Annual report on the health of the army in India
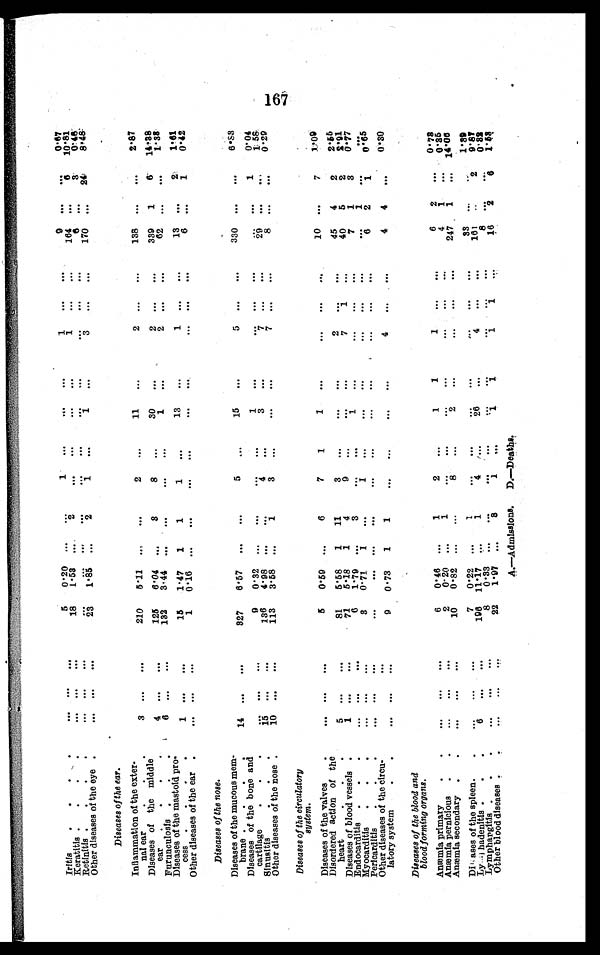
I r i t i s
. . .
...
...
5
0.20
. . .
...
1
. . .
. . .
. . .
1
. . .
. . .
9
. . .
. . .
0.67
Keratitis
. . . .
...
...
...
18
1.53
...
2
. . .
. . .
. . .
. . .
1
. . .
. . .
164
...
6
10.81
Retinitis
. . . .
. . .
. . .
. . .
. . .
. . . ...
...
. . .
. . .
. . .
. . .
. . .
. . .
. . .
6
. . .
3
0.4
8
Other diseases of the eye .
. . .
...
. . .
23
1 . 8 5 ...
2
1
. . .
1
. . .
3
. . .
. . .
170
...
24
8.48
Diseases of the ear.
Inflammation of the exter
¬nal ear
3 ...
...
210
5.11
...
...
2
. . .
11
...
2
. . .
. . .
138
. . .
. . .
2.87
Diseases of the middle
ear
.
.
.
4 ...
...
125
6.04 ...
3
8
...
30
...
2
. . .
. . .
339
1
6
14.38
Furunculosis .
.
.
6 ...
...
132
3.44 ...
...
...
. . .
1
...
2
. . .
. . .
62
. . .
. . . 1.38
Diseases of the mastoid pro
¬cess
. . . .
1 ...
...
15
1.47
1
1
1
. . .
13
...
1
. . .
. . .
13
...
2
1.61
Oth er diseases of the ear .
. . . ...
...
1
0.16 ...
...
. . .
...
. . .
. . .
...
...
. . .
6
...
1
0.42
Diseases of the nose.
Diseases of the mucous mem
¬brane
. . . .
14 ...
...
327
6.57
...
...
5
...•
15
. . .
5
. . .
. . .
330
. . .
...
6. 33
Diseases of the bone and
cartilage
.
.
.
. . . ...
...
9
0.32
...
...
...
...
1
. . .
...
...
...
. . .
. . .
1
0.04
Sinusitis
1 5 ...
...
136
4.98
...
...
4
. . .
3
...
7
...
...
2 9
. . .
. . .
1. 58
Other diseases of the nose
10 ...
...
113
3.58
...
1
3
...
. . .
. . .
7
...
...
8
...
...
0
.29
Diseases of the circulatory
system.
Diseases of the valves
. . .
...
...
5
0.59 ...
6
7
1
1
. . .
. . .
. . .
. . .
10 ...
7
1. 09
Disordered action of the
heart
5 ...
...
81
5.58
1
11
3
. . .
. . .
. . .
2
. . .
. . .
45
4
2
2.55
Diseases of blood vessels .
1 ...
...
71
5.18
1
4
9
. . .
. . .
. . .
7
1
. . .
40
5
2
2.91
Endocarditis
.
.
.
. . . ...
...
6
1.79 ...
3
. . .
. . .
1
. . .
. . .
...
. . .
7
1
3
0. 77
Myocarditis
.
.
.
. . .
...
...
3
0.71
1
...
1
. . .
. . .
. . .
...
. . .
. . .
. . . 1
...
...
Pericarditis
. . .
. . .
...
...
. . .
. . . ...
...
...
...
...
. . .
. . .
. . .
...
6
2
1
0.65
Other diseases of the circu
¬latory system
. . .
...
...
9
0.73
1
1
. . .
. . .
...
. . .
4
. . .
. . .
4
4
. . .
0. 30
Diseases of the blood and
blood forming organs.
Anæmia primary
. . .
...
...
6
0.46 ...
1
2
. . .
1
1
1
. . .
. . .
6
2
. . .
0.73
Anæmia pernicious
.
.
...
...
...
2
0.20 ...
1
. . .
. . .
. . .
. . .
. . .
. . .
. . .
4
1
...
0 .35
Anæmia secondary . .
. . .
...
...
10
0.82 ...
...
8
...
2
...
...
...
...
247
1
...
14.06
Diseases of the spleen.
.
...
...
...
7
0.22 ...
1
. . .
. . .
. . .
...
. . .
. . .
...
33
. . .
. . .
1.39
Lymphadenitis .
. .
6 ...
...
196 11.17 ...
1
4
. . .
26
. . .
4
. . .
. . .
161
. . .
2
9. 87
Lymphargitis .
.
.
. . .
...
...
8
0.33 ...
...
. . .
. . .
. . .
. . .
. . .
. . .
. . .
8
. . .
. . .
0. 82
Other blood diseases .
. . .
...
...
22
1.97 ...
3
1
. . .
1
1
1
1
. . .
16
2
6
1. 53
167
A.—Admissions. D.—Deaths.